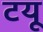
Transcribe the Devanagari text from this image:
टयू